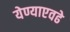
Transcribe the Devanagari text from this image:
येण्याएवढे